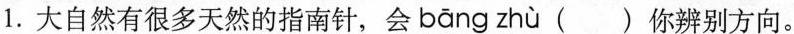
1.大自然有很多天然的指南针，会 bāng zhù ( )你辨别方向。